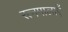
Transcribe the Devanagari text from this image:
रत्नमालाएँ